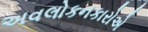
અવલોકનકારોએ